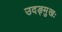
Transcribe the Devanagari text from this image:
उदङ्मुखः